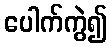
ပေါက်ကွဲ၍